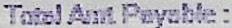
TOTAL AMT PAYABLE :